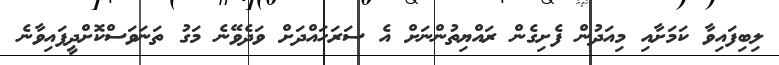
ލިބިފައިވާ ކަމަށާއި މިއަދުން ފެށިގެން ރައްޔިތުންނަށް އެ ސަރަހައްދަށް ވަދެވޭނެ މަގު ތަނަވަސްކޮށްދީފައިވާނެ